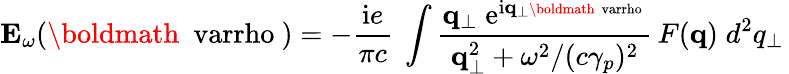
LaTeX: {\mathbf E}_{\omega}({\mathrm{\boldmath~\ varrho~}})=-{\frac{\mathrm{i}e}{\pi c}}\ \int{\frac{{\mathbf q}_{\bot}\; \mathrm{e}^{\mathrm{i}{\mathbf q}_{\bot}{\mathrm{\scriptsize\boldmath~\ varrho~}}}}{{\mathbf q}_{\bot}^{2}+\omega^{2}/(c\gamma_{p})^{2}}}\, F({\mathbf q})\; d^{2}q_{\bot}\,